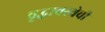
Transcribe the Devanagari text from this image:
वृद्धावस्थेची